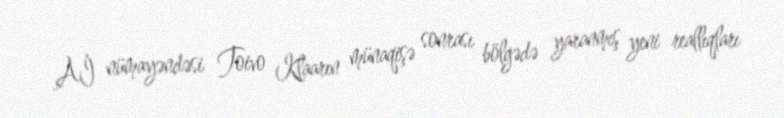
Aİ nümayəndəsi Toivo Klaarın münaqişə sonrası bölgədə yaranmış yeni reallıqları